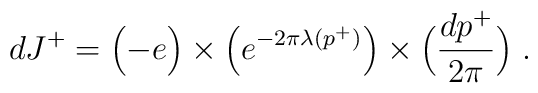
dJ^+ = \Bigl( -e \Bigr) \times \Bigl(e^{-2\pi \lambda(p^+)} \Bigr) \times\Bigl({dp^+ \over 2\pi}\Bigr) \; .